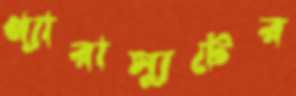
প্যারাস্যুটের